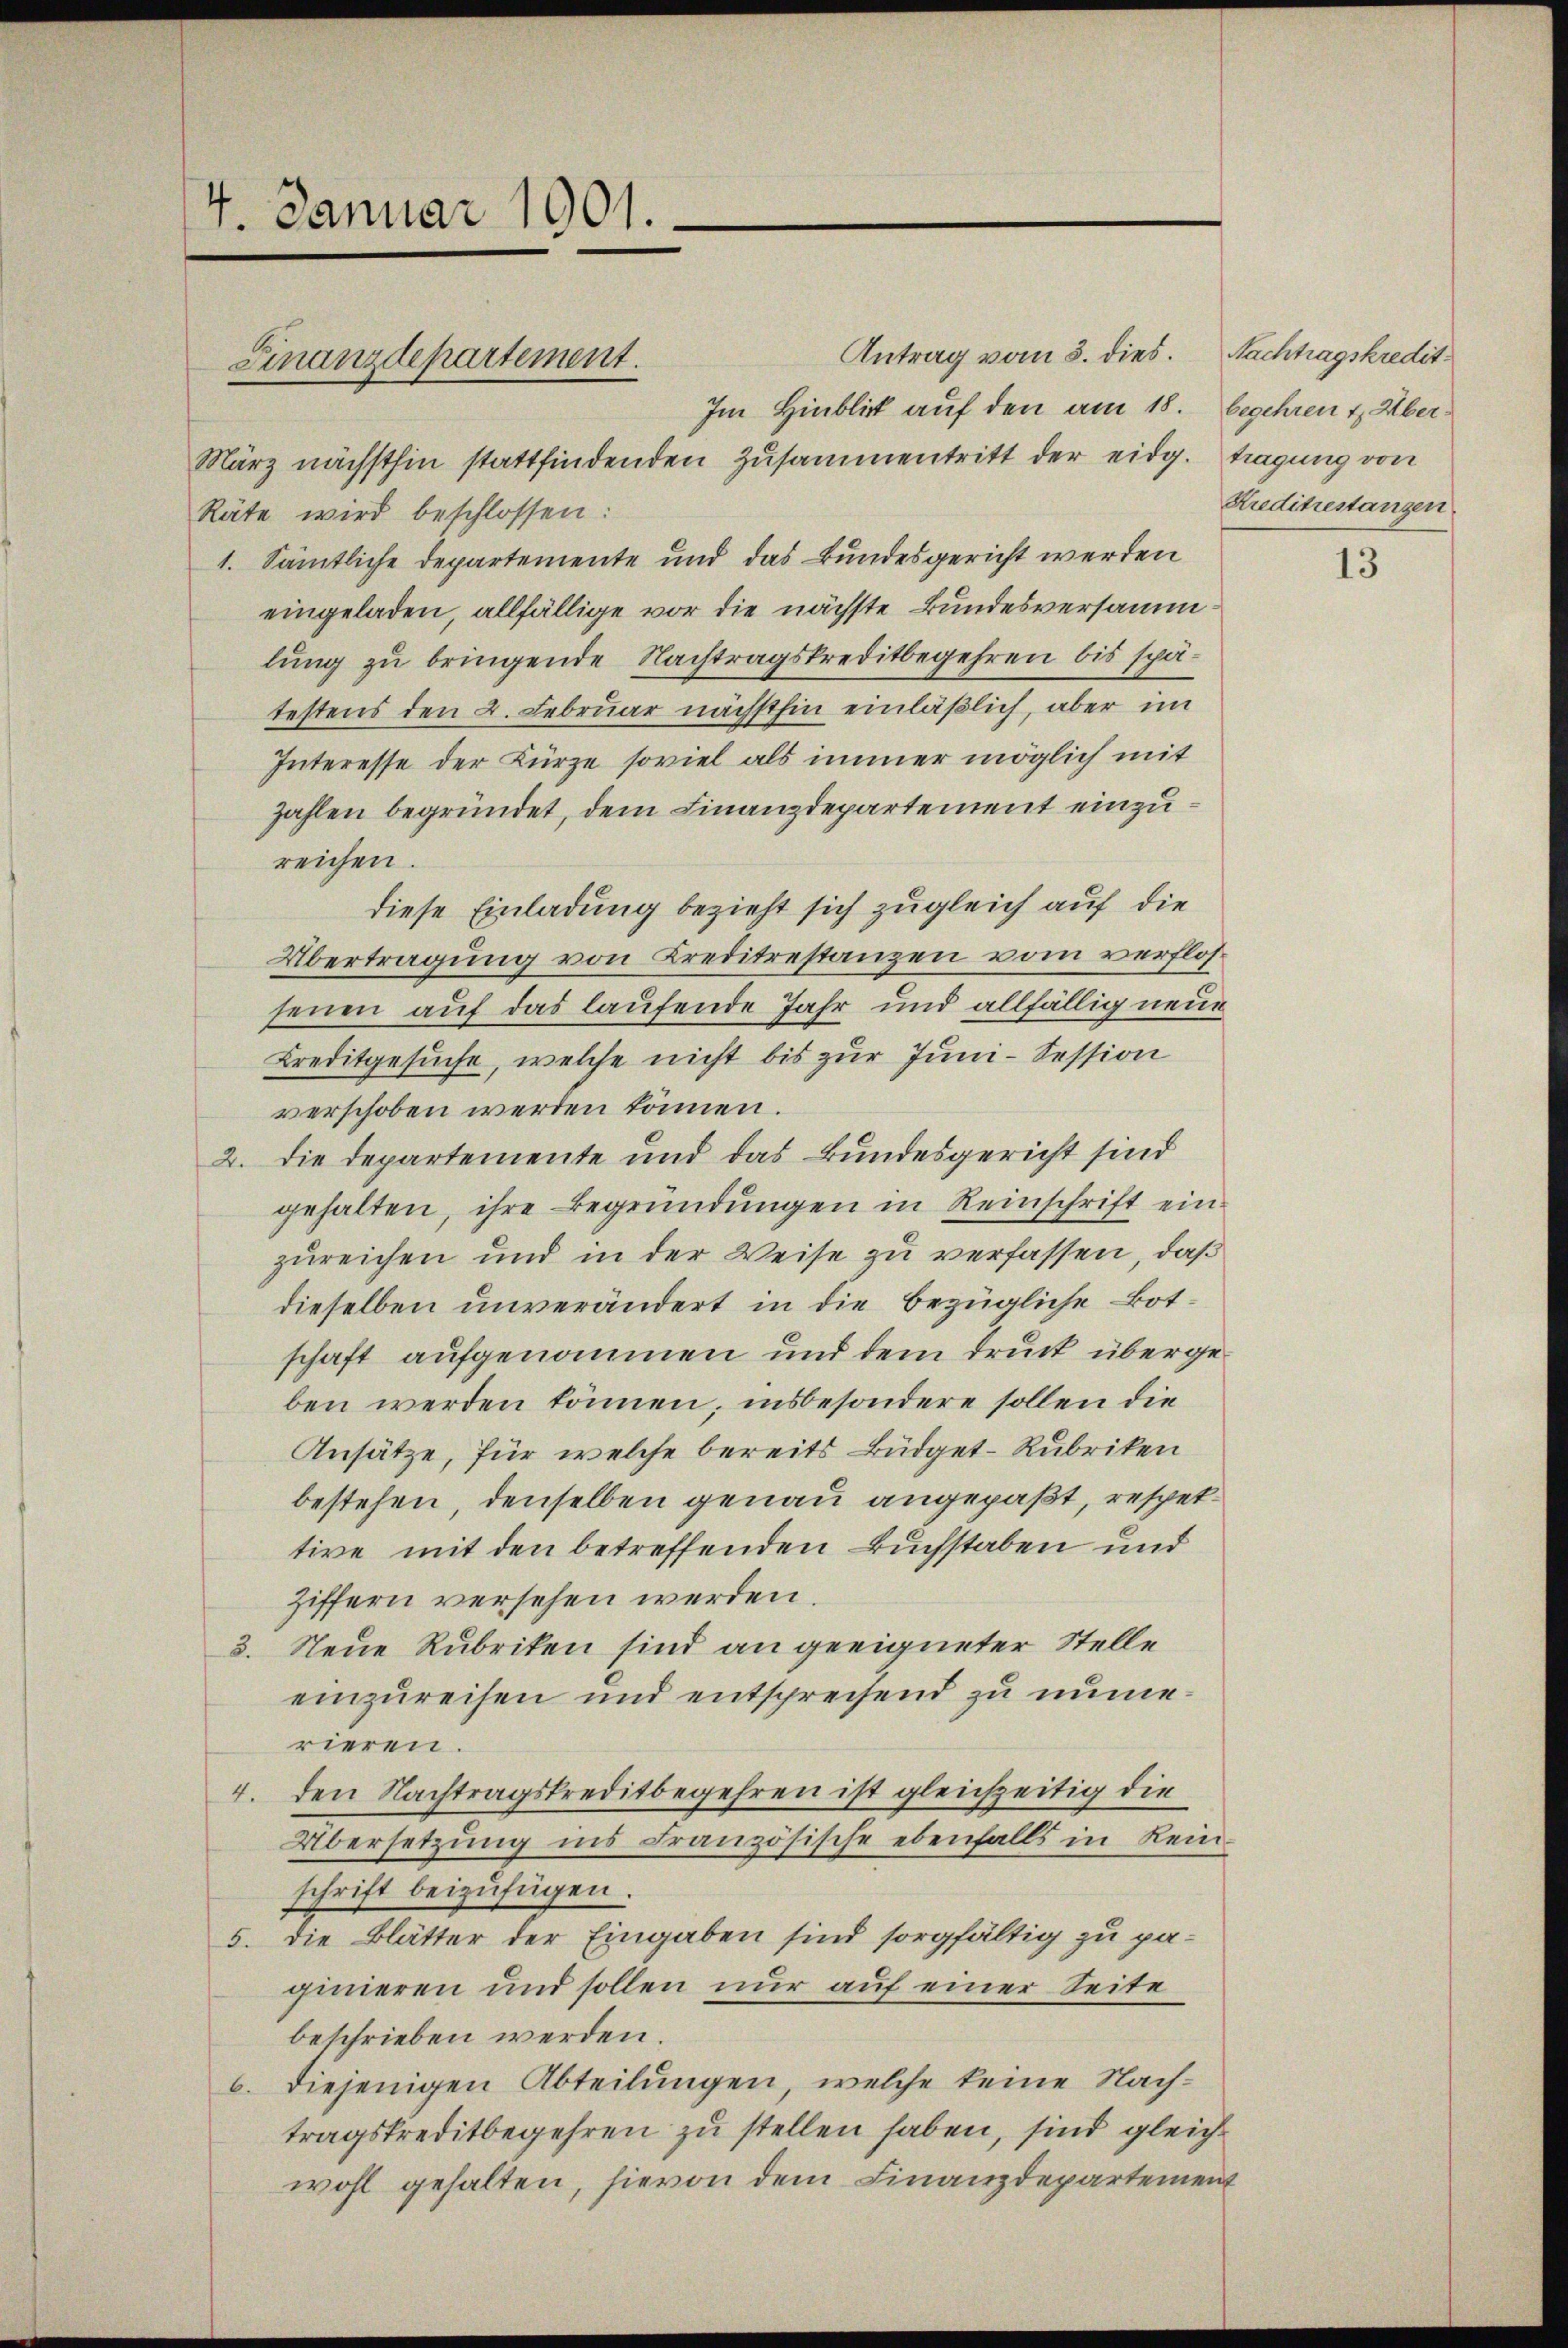
4. Januar 1901.

März nächsthin stattfindenden Zusammentritt der eidg. tragung von
Räte wird beschlossen:
1. Sämtliche Departemente und das Bundesgericht werden
eingeladen, allfällige vor die nächste Bundesversammlung zu bringende Nachtragskreditbegehren bis spätestens den 2. Februar nächsthin einläßlich, aber im
Interesse der Kürze soviel als immer möglich mit
zahlen begründet, dem Finanzdepartement einzureichen.
diese Einladung bezieht sich zugleich auf die
Übertragung von Kreditrestanzen vom verflossenen auf das laufende Jahr und allfällig neue
Kreditgesuche, welche nicht bis zur Juni- Session
verschoben werden können.
2. Die Departemente und das Bundesgericht sind
gehalten, ihre Begründŭngen in Reinschrift einzureichen und in der Weise zu verfassen, daß
dieselben unverändert in die bezügliche Botschaft aufgenommen und dem Druck übergeben werden können, insbesondere sollen die
Ansätze, für welche bereits Büdget-Rubriken
bestehen, denselben genau angepaßt, respektive mit den betreffenden Buchstaben und
Ziffern versehen werden.
3. Neue Rubriken sind an geeigneter Stelle
einzureisen und entsprechend zu nume.
rieren.
4. den Nachtragskreditbegehren ist gleichzeitig die
Übersetzung ins Französische ebenfalls in Rein
schrift beizufügen.
5. die Blätter der Eingaben sind sorgfältig zu paginieren und sollen nur auf einer Seite
beschrieben werden.
6. diejenigen Abteilungen, welche keine Nach-
tragskreditbegehren zu stellen haben, sind gleichwohl gehalten, hievon dem Finanzdepartement

Finanzdepartement.

Antrag vom 3. dies. Nachtragskredit.
Im Hinblick auf den am 18. begehren t Über¬

Kreditestanzen.

13